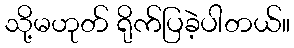
သို့မဟုတ် ရိုက်ပြခဲ့ပါတယ်။